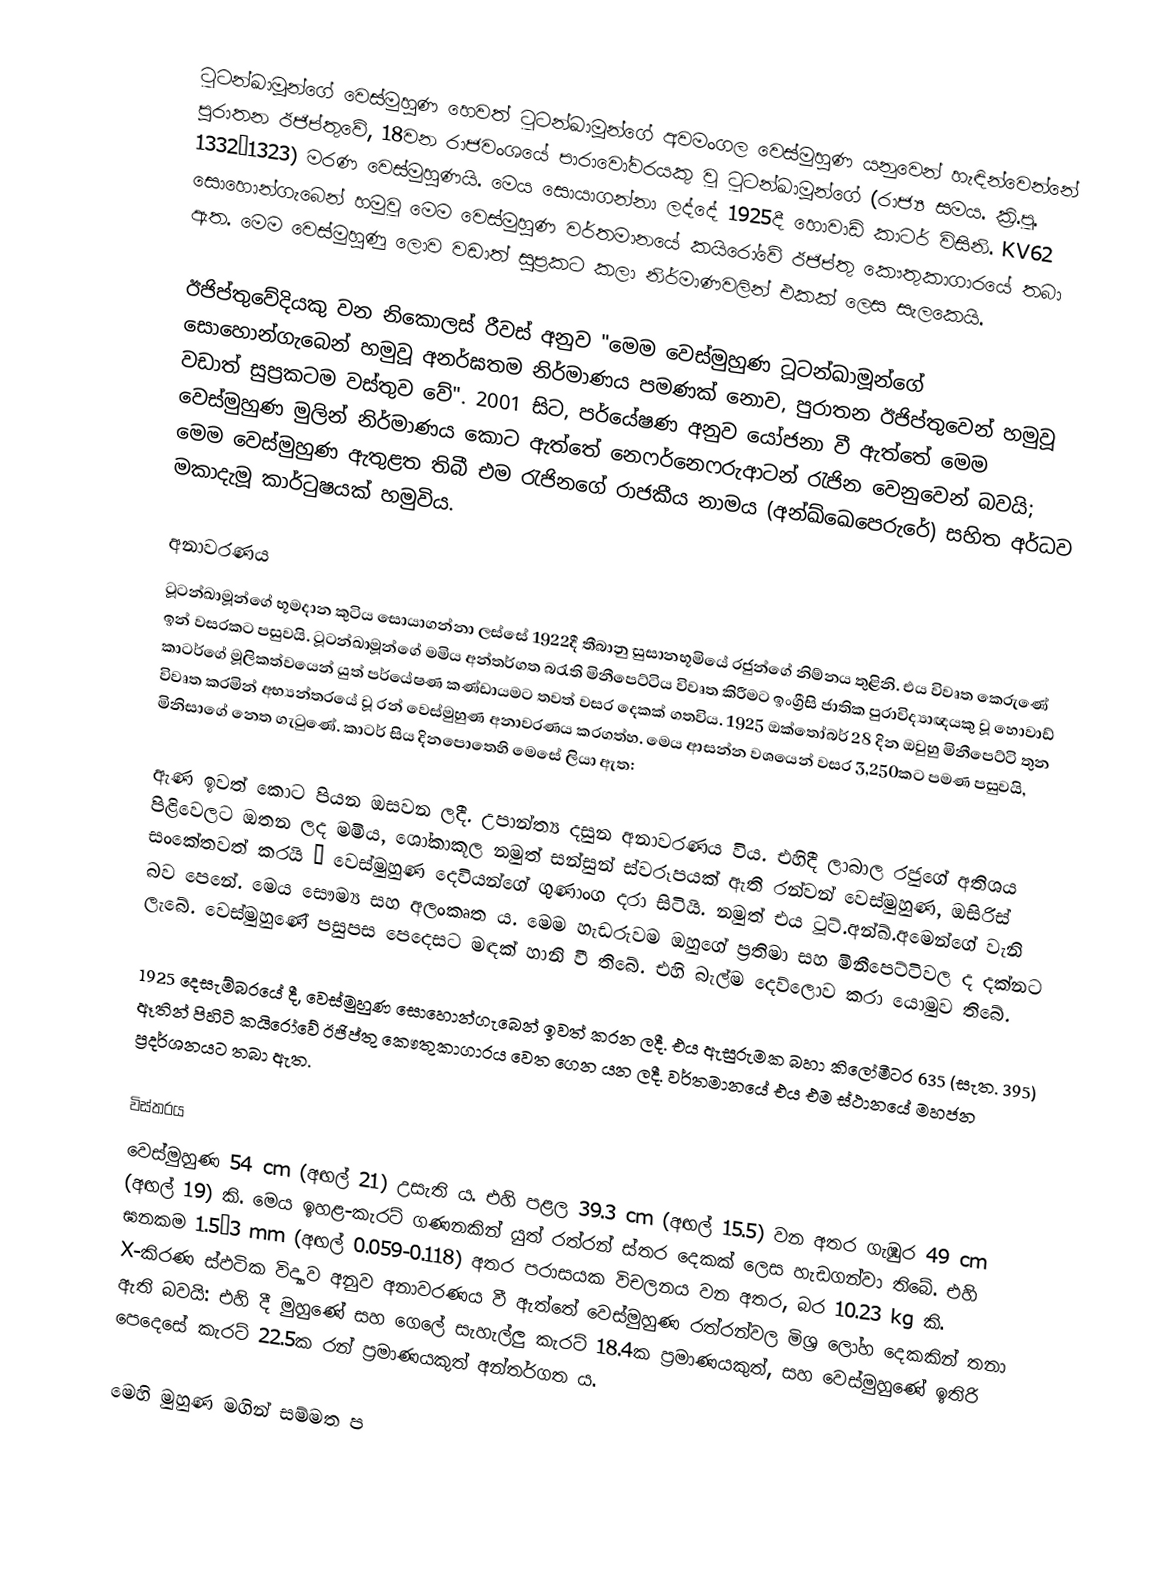
ටූටන්ඛාමූන්ගේ වෙස්මුහුණ හෙවත් ටූටන්ඛාමූන්ගේ අවමංගල වෙස්මුහුණ යනුවෙන් හැඳින්වෙන්නේ පුරාතන ඊජිප්තුවේ, 18වන රාජවංශයේ පාරාවෝවරයකු වූ ටූටන්ඛාමූන්ගේ (රාජ්‍ය සමය. ක්‍රි.පූ. 1332–1323) මරණ වෙස්මුහුණයි. මෙය සොයාගන්නා ලද්දේ 1925දී හොවාඩ් කාටර් විසිනි. KV62 සොහොන්ගැබෙන් හමුවූ මෙම වෙස්මුහුණ වර්තමානයේ කයිරෝවේ ඊජිප්තු කෞතුකාගාරයේ තබා ඇත. මෙම වෙස්මුහුණු ලොව වඩාත් සුප්‍රකට කලා නිර්මාණවලින් එකක් ලෙස සැලකෙයි.

ඊජිප්තුවේදියකු වන නිකොලස් රීවස් අනුව "මෙම වෙස්මුහුණ ටූටන්ඛාමූන්ගේ සොහොන්ගැබෙන් හමුවූ අනර්ඝතම නිර්මාණය පමණක් නොව, පුරාතන ඊජිප්තුවෙන් හමුවූ වඩාත් සුප්‍රකටම වස්තුව වේ". 2001 සිට, පර්යේෂණ අනුව යෝජනා වී ඇත්තේ මෙම වෙස්මුහුණ මුලින් නිර්මාණය කොට ඇත්තේ නෙෆර්නෙෆරුආටන් රැජින වෙනුවෙන් බවයි; මෙම වෙස්මුහුණ ඇතුළත තිබී එම රැජිනගේ රාජකීය නාමය (අන්ඛ්ඛෙපෙරුරේ) සහිත අර්ධව මකාදැමූ කාර්ටුෂයක් හමුවිය.

අනාවරණය
ටූටන්ඛාමූන්ගේ භූමදාන කුටිය සොයාගන්නා ලස්සේ 1922දී තීබානු සුසානභූමියේ රජුන්ගේ නිම්නය තුළිනි. එය විවෘත කෙරුණේ ඉන් වසරකට පසුවයි. ටූටන්ඛාමූන්ගේ මමිය අන්තර්ගත බරැති මිනීපෙට්ටිය විවෘත කිරීමට ඉංග්‍රීසි ජාතික පුරාවිද්‍යාඥයකු වූ හොවාඩ් කාටර්ගේ මූලිකත්වයෙන් යුත් පර්යේෂණ කණ්ඩායමට තවත් වසර දෙකක් ගතවිය. 1925 ඔක්තෝබර් 28 දින ඔවුහු මිනීපෙට්ටි තුන විවෘත කරමින් අභ්‍යන්තරයේ වූ රන් වෙස්මුහුණ අනාවරණය කරගත්හ. මෙය ආසන්න වශයෙන් වසර 3,250කට පමණ පසුවයි, මිනිසාගේ නෙත ගැටුණේ. කාටර් සිය දිනපොතෙහි මෙසේ ලියා ඇත:

ඇණ ඉවත් කොට පියන ඔසවන ලදී‍. උපාන්ත්‍ය දසුන අනාවරණය විය. එහිදී ලාබාල රජුගේ අතිශය පිළිවෙලට ඔතන ලද මමිය, ශෝකාකූල නමුත් සන්සුන් ස්වරූපයක් ඇති රන්වන් වෙස්මුහුණ, ඔසිරිස් සංකේතවත් කරයි … වෙස්මුහුණ දෙවියන්ගේ ගුණාංග දරා සිටියි. නමුත් එය ‍ටූට්.අන්ඛ්.අමෙන්ගේ වැනි බව පෙනේ. මෙය සෞම්‍ය සහ අලංකෘත ය. මෙම හැඩරුවම ඔහුගේ ප්‍රතිමා සහ මිනීපෙට්ටිවල ද දක්නට ලැබේ. වෙස්මුහුණේ පසුපස පෙදෙසට මඳක් හානි වී තිබේ. එහි බැල්ම දෙව්ලොව කරා යොමුව තිබේ.

1925 දෙසැම්බරයේ දී, වෙස්මුහුණ සොහොන්ගැබෙන් ඉවත් කරන ලදී. එය ඇසුරුමක බහා කිලෝමීටර 635 (සැත. 395) ඈතින් පිහිටි කයිරෝවේ ඊජිප්තු කෞතුකාගාරය වෙත ගෙන යන ලදී. වර්තමානයේ එය එම ස්ථානයේ මහජන ප්‍රදර්ශනයට තබා ඇත.

විස්තරය
වෙස්මුහුණ  54 cm (අඟල් 21) උසැති ය. එහි පළල  39.3 cm (අඟල් 15.5) වන අතර ගැඹුර 49 cm (අඟල් 19) කි. මෙය ඉහළ-කැරට් ගණනකින් යුත් රත්රන් ස්තර දෙකක් ලෙස හැඩගන්වා තිබේ. එහි ඝනකම  1.5–3 mm (අඟල් 0.059-0.118) අතර පරාසයක විචලනය වන අතර, බර  10.23 kg කි‍. X-කිරණ ස්ඵටික විද්‍යාව අනුව අනාවරණය වී ඇත්තේ වෙස්මුහුණ රත්රන්වල මිශ්‍ර ලෝහ දෙකකින් තනා ඇති බවයි: එහි දී මුහුණේ සහ ගෙලේ සැහැල්ලු කැරට් 18.4ක ප්‍රමාණයකුත්, සහ වෙස්මුහුණේ ඉතිරි පෙදෙසේ කැරට් 22.5ක රන් ප්‍රමාණයකුත් අන්තර්ගත ය.

මෙහි මුහුණ මගින් සම්මත ප